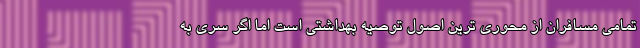
تمامی مسافران از محوری ترین اصول توصیه بهداشتی است اما اگر سری به